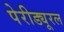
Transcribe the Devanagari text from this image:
पेरीड्यूरल